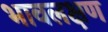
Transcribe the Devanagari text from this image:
भावलक्षण